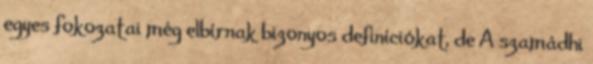
egyes fokozatai még elbírnak bizonyos definíciókat, de A szamádhi